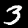
Label: 3